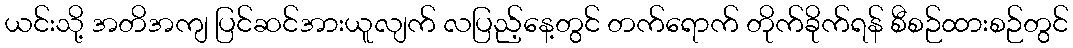
ယင်းသို့ အတိအကျ ပြင်ဆင်အားယူလျက် လပြည့်နေ့တွင် တက်ရောက် တိုက်ခိုက်ရန် စီစဉ်ထားစဉ်တွင်